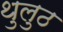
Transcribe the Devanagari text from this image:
थुलुठ